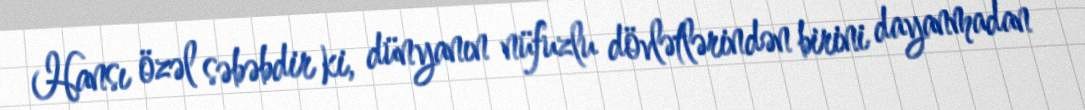
Hansı özəl səbəbdir ki, dünyanın nüfuzlu dövlətlərindən birini dayanmadan